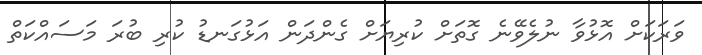
ވަރަކަށް އޮޅުވާ ނުލެވޭނެ ގޮތަށް ކުރިޔަށް ގެންދަން އަޅުގަނޑު ކުރި ބުރަަ މަސައްކަތް